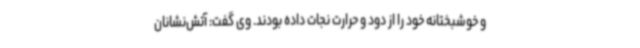
و خوشبختانه خود را از دود و حرارت نجات داده بودند. وی گفت: آتش‌نشانان